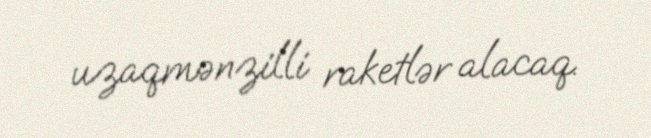
uzaqmənzilli raketlər alacaq.